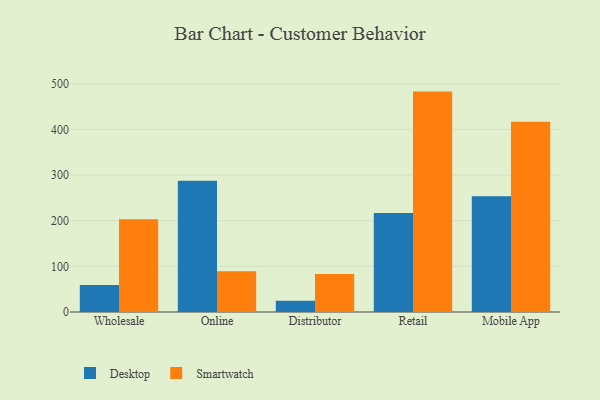
{"axis": {"x": "Channel", "y": "Page Views"}, "legend": ["Desktop", "Smartwatch"], "data": [{"x": "Wholesale", "y": 58.9, "type": "Desktop"}, {"x": "Wholesale", "y": 203.1, "type": "Smartwatch"}, {"x": "Online", "y": 287.4, "type": "Desktop"}, {"x": "Online", "y": 89.3, "type": "Smartwatch"}, {"x": "Distributor", "y": 24.7, "type": "Desktop"}, {"x": "Distributor", "y": 83.2, "type": "Smartwatch"}, {"x": "Retail", "y": 216.7, "type": "Desktop"}, {"x": "Retail", "y": 482.8, "type": "Smartwatch"}, {"x": "Mobile App", "y": 253.5, "type": "Desktop"}, {"x": "Mobile App", "y": 416.6, "type": "Smartwatch"}]}